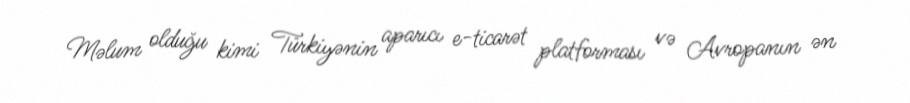
Məlum olduğu kimi Türkiyənin aparıcı e-ticarət platforması və Avropanın ən